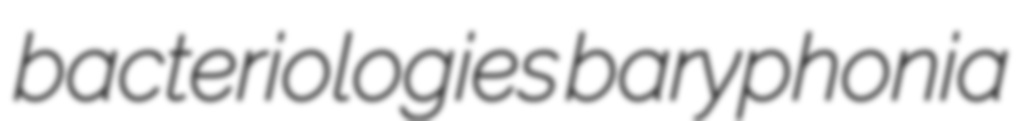
bacteriologies baryphonia